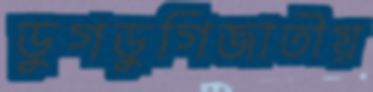
ডুগডুগিজাতীয়